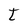
Character: t